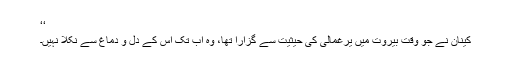
‘‘
کینان نے جو وقت بیروت میں یرغمالی کی حیثیت سے گزارا تھا، وہ اب تک اس کے دل و دماغ سے نکلا نہیں۔